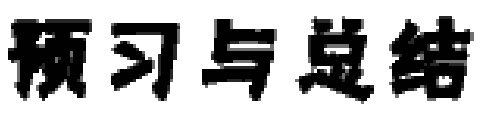
预习与总结